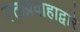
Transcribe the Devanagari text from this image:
रक्तप्रवाहाद्वारे